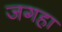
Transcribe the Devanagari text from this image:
जगहा